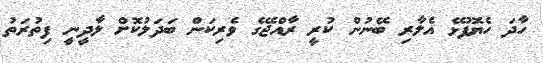
ހާދަ ހެޔޮފުޅޭ އެލާރި ބޭނުން ކުރީ ރާއްޖޭގެ ވެރިކަން ބަދަލުކޮށް ލާދީނީ ފިތުރަތު